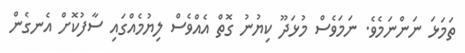
ތަމަޅަ ނަންނަމެވެ. ނަމަވެސް މުޅަދޫ ކިޔުނު ގޮތް އެއްވެސް ލިޔުމެއްގައި ސާފުކޮށް އެނގެން